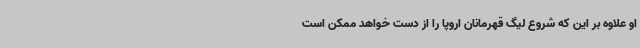
او علاوه بر این که شروع لیگ قهرمانان اروپا را از دست خواهد ممکن است